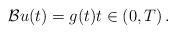
LaTeX: \begin{align*}\mathcal{B} u(t)=g(t)t\in (0,T)\,.\end{align*}